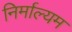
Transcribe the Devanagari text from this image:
निर्माल्यम